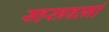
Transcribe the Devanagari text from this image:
सहस्‍त्रवर्त्‍मा